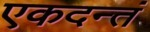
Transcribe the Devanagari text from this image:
एकदन्तं